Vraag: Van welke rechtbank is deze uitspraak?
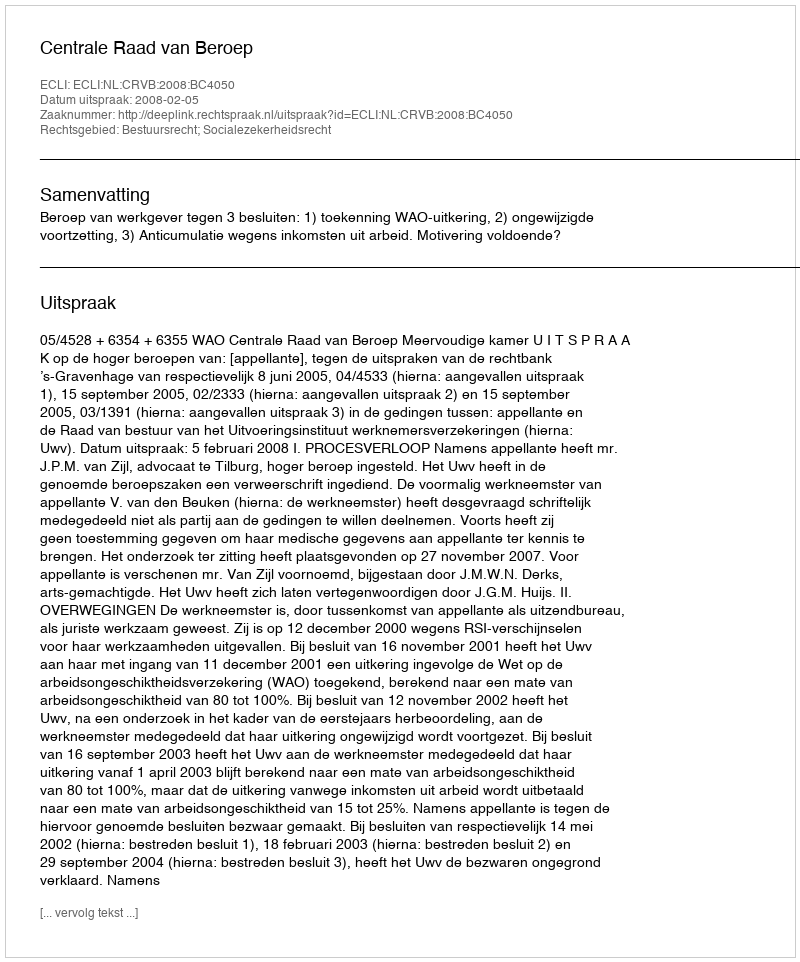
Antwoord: Centrale Raad van Beroep